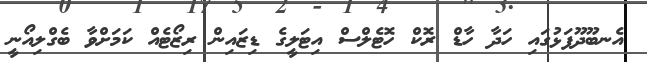
އެނބޫދޫފަޅުގައި ހަދާ ހާޑް ރޮކް ހޮޓެލްސް އިޓަލީގެ ޑިޒައިން ރިޒޯޓެއް ކަމަށްވާ ބެގްލިއޯނީ